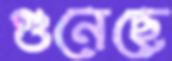
গুনেছে